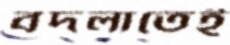
বদলাতেই